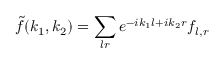
\tilde { f } ( k _ { 1 } , k _ { 2 } ) = \sum _ { l r } e ^ { - i k _ { 1 } l + i k _ { 2 } r } f _ { l , r }